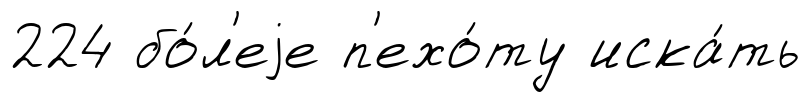
224 бо́л'еjе п'ехо́ту иска́ть